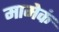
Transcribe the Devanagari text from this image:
मामेकं